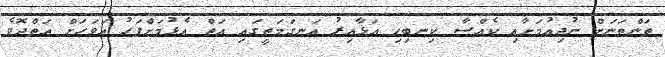
ތަންތަނަށް ނުދިއުމަށާއި ކެއްސާ ކިނބިހި އަޅާއިރު އަނގަމަތީގައި އަތް އެޅުމަށްފަހު އަވަހަށް އަތްދޮވެ